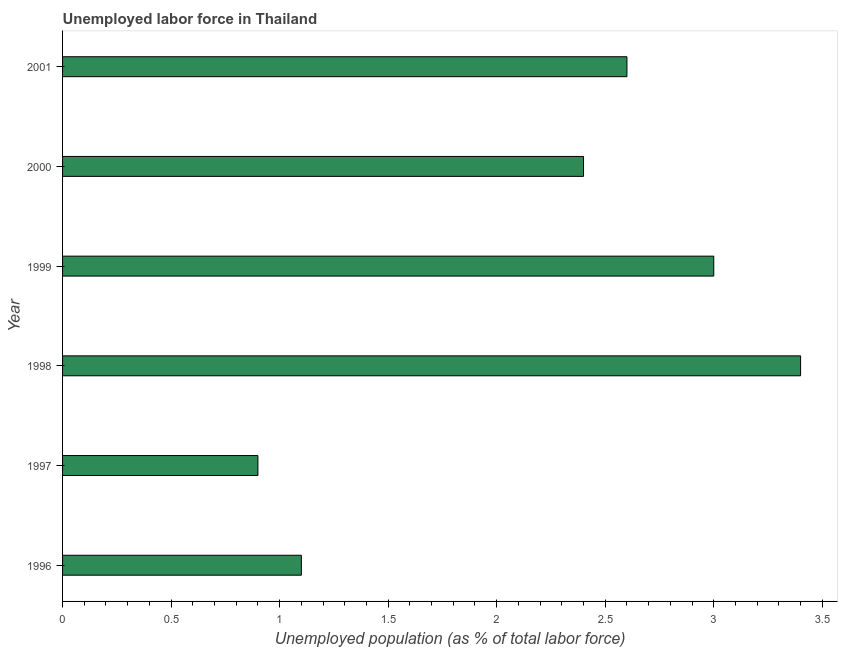
| Year | Unemployment |
 | --- | --- |
 | 1996 | 1.1 |
 | 1997 | 0.9 |
 | 1998 | 3.4 |
 | 1999 | 3 |
 | 2000 | 2.4 |
 | 2001 | 2.6 |